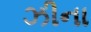
ઝીના